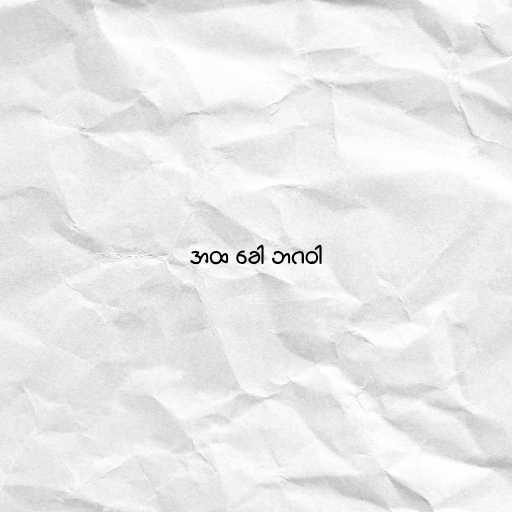
အထ ခေါ ဘဂဝါ